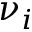
\nu _ { i }